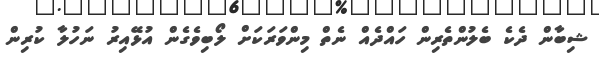
ޝިބާން ދެކެ ބެލުންތެރިން ހައްދެއް ނެތް މިންވަރަކަށް ލޯބިވެގެން އުޅޭއިރު ނަހުލާ ކުރިން